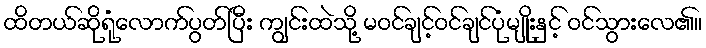
ထိတယ်ဆိုရုံလောက်ပွတ်ပြီး ကျွင်းထဲသို့ မဝင်ချင့်ဝင်ချင်ပုံမျိုးနှင့် ဝင်သွားလေ၏။